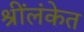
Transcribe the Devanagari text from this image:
श्रींलंकेत